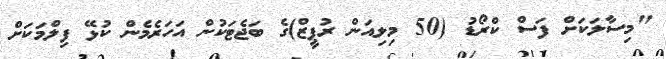
"މިސާލަކަށް ފަސް ކްރޯޑު (50 މިލިއަން ރުޕީޒް)ގެ ބަޖެޓަކުން އަހަރެމެން ކުޅޭ ފިލްމަކަށް